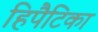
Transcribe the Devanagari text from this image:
हिपैटिका